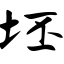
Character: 坯